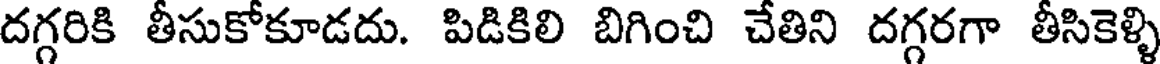
దగ్గరికి తీసుకోకూడదు. పిడికిలి బిగించి చేతిని దగ్గరగా తీసికెళ్ళి